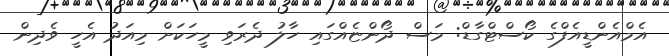
އެމްއެންޑީއެފްގެ ކޯސްޓްގާޑް: މަސް ދޯންޏެއްގައި ހާލު ދެރަވި މީހަކަށް މިއަދު އެހީ ވެދިން